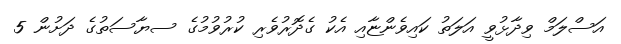
އަސްލަމް ވިދާޅުވީ އަލަތު ކައިވެންޏާއި އެކު ގެދޮރުވެރި ކުރުވުމުގެ ސޔާސަތުގެ ދަށުން 5